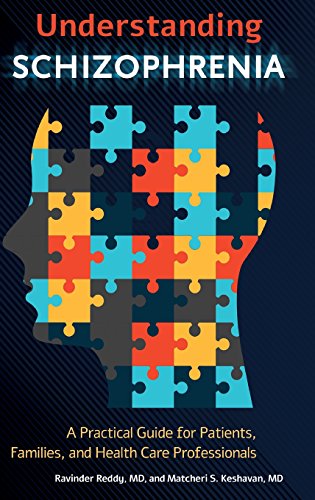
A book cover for Understanding Schizophrenia: A Practical Guide for Patients, Families, and Health Care Professionals; Ravinder D. Reddy M.D.; Health, Fitness & Dieting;